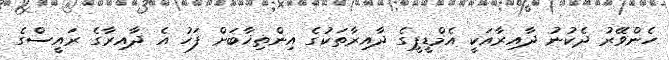
ހެންވޭރު ދެކުނު ދާއިރާއަކީ އެމްޑީޕީގެ ދާއިރާތަކުގެ އިންތިޚާބަށް ފަހު އެ ދާއިރާގެ ރައީސްގެ